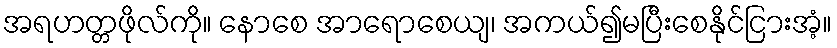
အရဟတ္တဖိုလ်ကို။ နောစေ အာရောစေယျ၊ အကယ်၍မပြီးစေနိုင်ငြားအံ့။